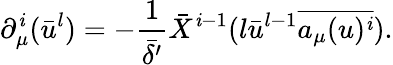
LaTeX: \partial_{\mu}^{\mathit{i}}(\bar{{u}}^{l})=-\frac{{1}}{{\bar{{\delta^{\prime}}}}}\bar{{X}}^{\mathit{i}-1}(l\bar{{u}}^{l-1}\overline{{{{a_{\mu}(u)^{\mathit{i}}}}}}).